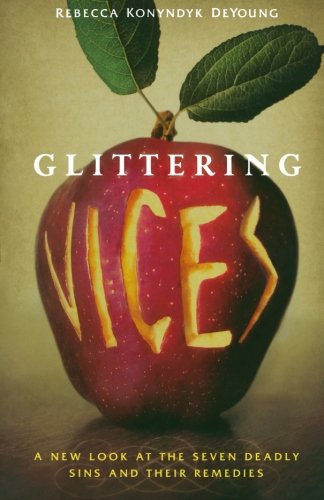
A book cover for Glittering Vices: A New Look at the Seven Deadly Sins and Their Remedies; Rebecca Konyndyk DeYoung; Religion & Spirituality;